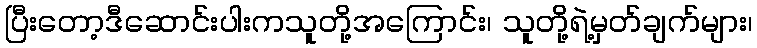
ပြီးတော့ဒီဆောင်းပါးကသူတို့အကြောင်း၊ သူတို့ရဲ့မှတ်ချက်များ၊